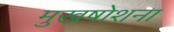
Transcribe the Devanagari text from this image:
मुखषोशना